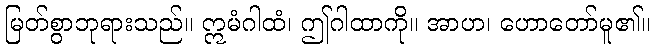
မြတ်စွာဘုရားသည်။ ဣမံဂါထံ၊ ဤဂါထာကို။ အာဟ၊ ဟောတော်မူ၏။